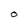
Character: 0